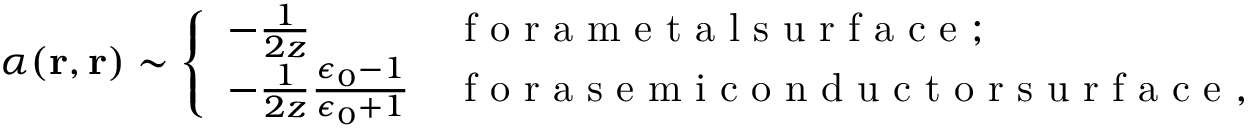
\alpha ( \mathbf { r } , \mathbf { r } ) \sim \left\{ \begin{array} { l l } { - \frac { 1 } { 2 z } } & { \mathrm { ~ f ~ o ~ r ~ a ~ m ~ e ~ t ~ a ~ l ~ s ~ u ~ r ~ f ~ a ~ c ~ e ~ ; ~ } } \\ { - \frac { 1 } { 2 z } \frac { \epsilon _ { 0 } - 1 } { \epsilon _ { 0 } + 1 } } & { \mathrm { ~ f ~ o ~ r ~ a ~ s ~ e ~ m ~ i ~ c ~ o ~ n ~ d ~ u ~ c ~ t ~ o ~ r ~ s ~ u ~ r ~ f ~ a ~ c ~ e ~ , ~ } } \end{array} \right.